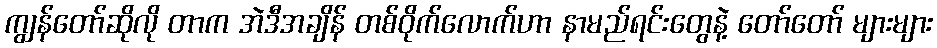
ကျွန်တော်ဆိုလို တာက အဲဒီအချိန် တစ်ဝိုက်လောက်ဟာ နာမည်ရင်းတွေနဲ့ တော်တော် များများ